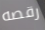
رقصه